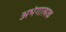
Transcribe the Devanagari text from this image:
अभंगात्मक